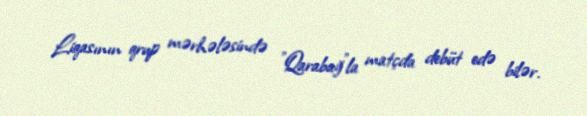
Liqasının qrup mərhələsində "Qarabağ"la matçda debüt edə bilər.